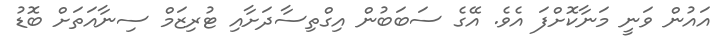
އައުން ވަނީ މަނާކޮށްފަ އެވެ. އޭގެ ސަބަބުން އިގްތިސާދަށާއި ޓުރިޒަމް ސިނާއަތަށް ބޮޑު